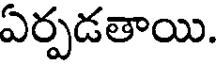
ఏర్పడతాయి.